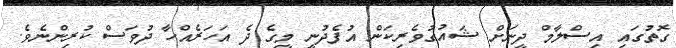
ގޮތުގައި އިސްލާމް ދީނަށް ޝައުގުވެރިކަން އުފެދުނީ މީގެ ދެ އަހަރެއްހާ ދުވަސް ކުރިންނެވެ.